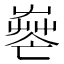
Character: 𦱺